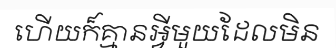
ហើយក៏គ្មានអ្វីមួយដែលមិន